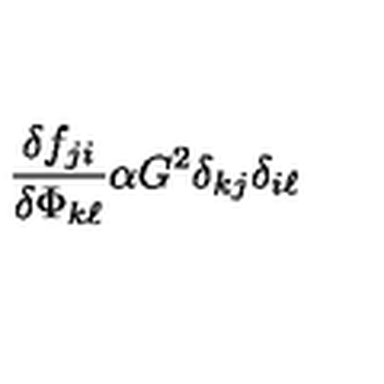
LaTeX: \frac { \delta f _ { j i } } { \delta \Phi _ { k \ell } } \alpha G ^ { 2 } \delta _ { k j } \delta _ { i \ell }